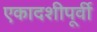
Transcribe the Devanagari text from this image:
एकादशीपूर्वी